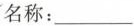
名称：___